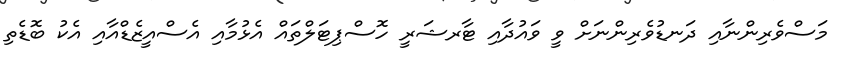
މަސްވެރިންނާއި ދަނޑުވެރިންނަށް ވީ ވައުދާއި ޓާރޝަރީ ހޮސްޕިޓަލްތައް އެޅުމާއި އެސްއީޒެޑްއާއި އެކު ބޮޑެތި